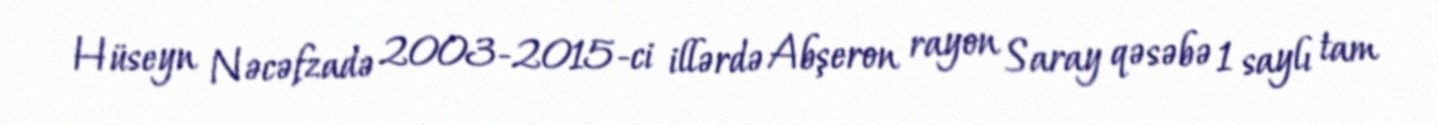
Hüseyn Nəcəfzadə 2003-2015-ci illərdə Abşeron rayon Saray qəsəbə 1 saylı tam